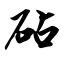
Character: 砧